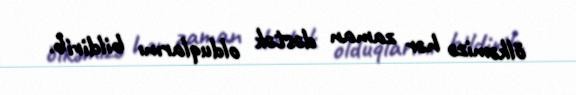
ölkəmizə hər zaman dəstək olduqlarını bildirib.